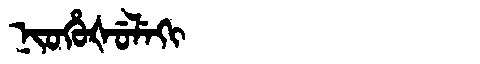
Manchu: ᠨᡳᠣᡥᡠᡧᡠᠯᡝᡴᡳ
Romanization: NIOHUŠULEKI